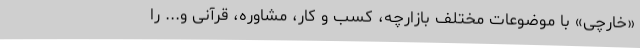
«خارچی» با موضوعات مختلف بازارچه، کسب و کار، مشاوره، قرآنی و... را